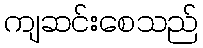
ကျဆင်းစေသည်